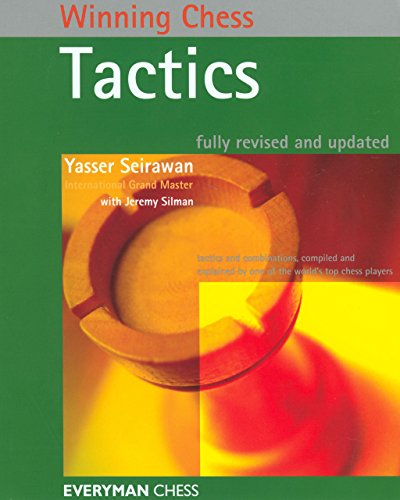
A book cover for Winning Chess Tactics (Winning Chess - Everyman Chess); Yasser Seirawan; Humor & Entertainment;